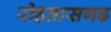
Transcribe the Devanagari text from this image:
रोहतासगढ